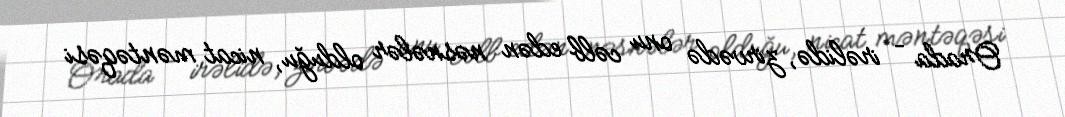
Orada – irəlidə, zirvədə onu cəlb edən nəsnələr olduğu, nicat məntəqəsi